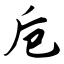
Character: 卮